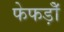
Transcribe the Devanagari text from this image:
फेफड़ोँ